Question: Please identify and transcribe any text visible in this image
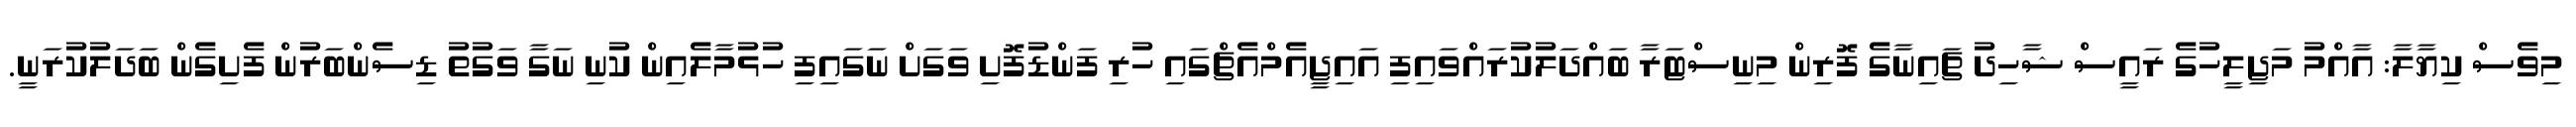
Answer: މިވެސް ކިޔާލާ: އާއްމު މަޖިލީހުގެ ރައީސް ޝާހިދު ޗައިނާގެ ފޮރިން މިނިސްޓަރާ ބައްދަލުކުރައްވައިފި އައިޖީއެމްއެޗްގައި ހުރި ފަންޑުފޮށި ވަގަށް ނަގައިފި ހުޅުމާލެއިން ކުނި ނަގާ ވަގުތު ޑިސެންބަރުން ފެށިގެން ބަދަލުކުރަނީ.